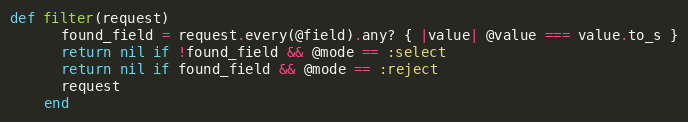
Language: Ruby
def filter(request)
      found_field = request.every(@field).any? { |value| @value === value.to_s }
      return nil if !found_field && @mode == :select
      return nil if found_field && @mode == :reject
      request
    end